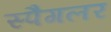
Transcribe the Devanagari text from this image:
स्पैगलर